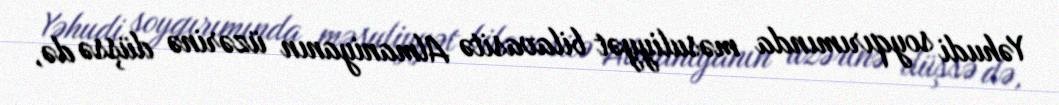
Yəhudi soyqırımında məsuliyyət bilavasitə Almaniyanın üzərinə düşsə də,